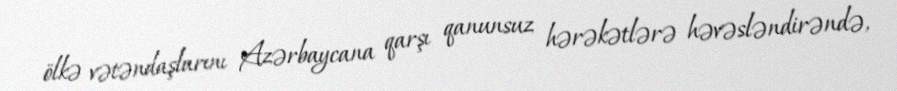
ölkə vətəndaşlarını Azərbaycana qarşı qanunsuz hərəkətlərə həvəsləndirəndə,